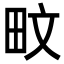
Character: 𪽌